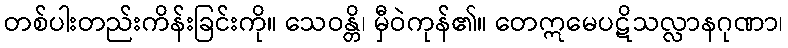
တစ်ပါးတည်းကိန်းခြင်းကို။ သေဝန္တိ၊ မှီဝဲကုန်၏။ တေဣမေပဋိသလ္လာနဂုဏာ၊